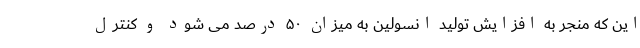
این که منجر به افزایش تولید انسولین به میزان ۵۰ درصد می شود و کنترل